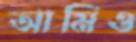
আমিও